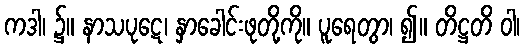
ကဒါ၊ ၌။ နာသပုဋေ၊ နှာခေါင်းဖုတို့ကို။ ပူရေတွာ၊ ၍။ တိဋ္ဌတိ ဝါ၊